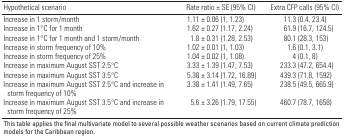
<table><thead><tr><td><b>Hypothetical scenario</b></td><td><b>Rate ratio ± SE (95% CI)</b></td><td><b>Extra CFP calls (95% CI)</b></td></tr></thead><tbody><tr><td><b>Increase in 1 storm/month</b></td><td>1.11 ± 0.06 (1, 1.23)</td><td>11.3 (0.4, 23.4)</td></tr><tr><td><b>Increase in 1°C for 1 month</b></td><td>1.62 ± 0.27 (1.17, 2.24)</td><td>61.9 (16.7, 124.5)</td></tr><tr><td><b>Increase in 1°C for 1 month and 1 storm/month</b></td><td>1.8 ± 0.31 (1.28, 2.53)</td><td>80.1 (28.3, 153)</td></tr><tr><td><b>Increase in storm frequency of 10%</b></td><td>1.02 ± 0.01 (1, 1.03)</td><td>1.6 (0.1, 3.1)</td></tr><tr><td><b>Increase in storm frequency of 25%</b></td><td>1.04 ± 0.02 (1, 1.08)</td><td>4 (0.1, 8)</td></tr><tr><td><b>Increase in maximum August SST 2.5°C</b></td><td>3.33 ± 1.39 (1.47, 7.53)</td><td>233.3 (47.2, 654.4)</td></tr><tr><td><b>Increase in maximum August SST 3.5°C</b></td><td>5.38 ± 3.14 (1.72, 16.89)</td><td>439.3 (71.8, 1592)</td></tr><tr><td><b>Increase in maximum August SST 2.5°C and increase in storm frequency of 10%</b></td><td>3.38 ± 1.41 (1.49, 7.65)</td><td>238.5 (49.5, 665.9)</td></tr><tr><td><b>Increase in maximum August SST 3.5°C and increase in storm frequency of 25%</b></td><td>5.6 ± 3.26 (1.79, 17.55)</td><td>460.7 (78.7, 1658)</td></tr><tr><td colspan="3">This table applies the final multivariate model to several possible weather scenarios based on current climate prediction models for the Caribbean region.</td></tr></tbody></table>